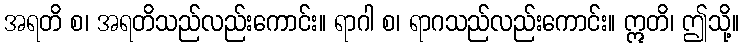
အရတိ စ၊ အရတိသည်လည်းကောင်း။ ရာဂါ စ၊ ရာဂသည်လည်းကောင်း။ ဣတိ၊ ဤသို့။